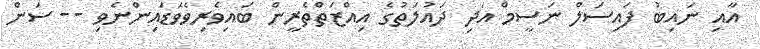
އާއި ނައިބު ފައިސަލް ނަސީމް އަދި ދައުލަތުގެ އިއްޒަތްތެރީން ބައިވެރިވެވަޑައިންނެވި -- ސަން